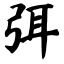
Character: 弭